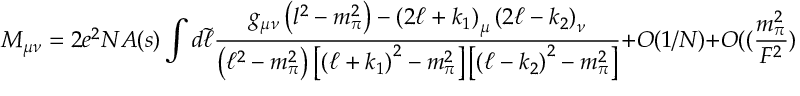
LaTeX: { \cal M } _ { { \mu } { \nu } } = 2 e ^ { 2 } N A ( s ) \int d \tilde { \ell } \frac { g _ { { \mu } { \nu } } \left( l ^ { 2 } - m _ { \pi } ^ { 2 } \right) - \left( 2 { \ell } + k _ { 1 } \right) _ { \mu } \left( 2 { \ell } - k _ { 2 } \right) _ { \nu } } { \left( { \ell } ^ { 2 } - m _ { \pi } ^ { 2 } \right) \left[ \left( { \ell } + k _ { 1 } \right) ^ { 2 } - m _ { \pi } ^ { 2 } \right] \left[ \left( { \ell } - k _ { 2 } \right) ^ { 2 } - m _ { \pi } ^ { 2 } \right] } + O ( 1 / N ) + O ( ( \frac { m _ { \pi } ^ { 2 } } { F ^ { 2 } } ) ^ { 2 } )